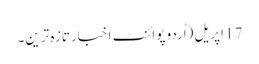
17 اپریل(اُردو پوائنٹ اخبارتازہ ترین۔